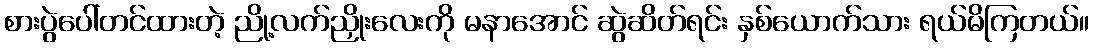
စားပွဲပေါ်တင်ထားတဲ့ ညို့လက်ညှိုးလေးကို မနာအောင် ဆွဲဆိတ်ရင်း နှစ်ယောက်သား ရယ်မိကြတယ်။